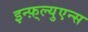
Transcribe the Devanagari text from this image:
इन्फ़्ल्युएन्स